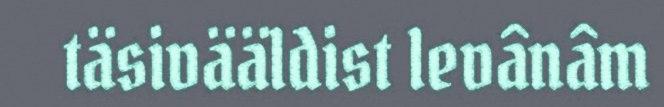
täsivääldist levânâm